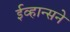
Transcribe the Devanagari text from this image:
ईव्हान्सने